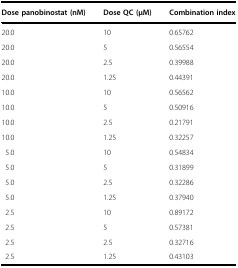
<table><thead><tr><td><b>Dose panobinostat (nM)</b></td><td><b>Dose QC (μM)</b></td><td><b>Combination index</b></td></tr></thead><tbody><tr><td>20.0</td><td>10</td><td>0.65762</td></tr><tr><td>20.0</td><td>5</td><td>0.56554</td></tr><tr><td>20.0</td><td>2.5</td><td>0.39988</td></tr><tr><td>20.0</td><td>1.25</td><td>0.44391</td></tr><tr><td>10.0</td><td>10</td><td>0.56562</td></tr><tr><td>10.0</td><td>5</td><td>0.50916</td></tr><tr><td>10.0</td><td>2.5</td><td>0.21791</td></tr><tr><td>10.0</td><td>1.25</td><td>0.32257</td></tr><tr><td>5.0</td><td>10</td><td>0.54834</td></tr><tr><td>5.0</td><td>5</td><td>0.31899</td></tr><tr><td>5.0</td><td>2.5</td><td>0.32286</td></tr><tr><td>5.0</td><td>1.25</td><td>0.37940</td></tr><tr><td>2.5</td><td>10</td><td>0.89172</td></tr><tr><td>2.5</td><td>5</td><td>0.57381</td></tr><tr><td>2.5</td><td>2.5</td><td>0.32716</td></tr><tr><td>2.5</td><td>1.25</td><td>0.43103</td></tr></tbody></table>